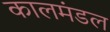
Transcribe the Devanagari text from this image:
कालमंडल